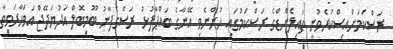
ރަސްކަމަށްއިސްކުރެވުނީ ތައިލެންޑްގެ ރަސްކަމުގައި ހުންނެވި އޭނާގެ ބައްޕާފުޅު ރަސްގެފާނު ބޫމިބޮލް އަދުޔަދޭޖް އަވަހާރަވިތާ